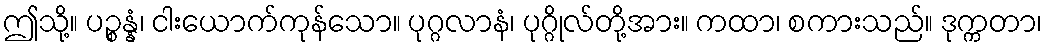
ဤသို့။ ပဉ္စန္နံ၊ ငါးယောက်ကုန်သော။ ပုဂ္ဂလာနံ၊ ပုဂ္ဂိုလ်တို့အား။ ကထာ၊ စကားသည်။ ဒုက္ကတာ၊